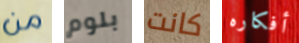
من بلوم كانت أفكاره